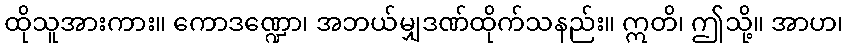
ထိုသူအားကား။ ကောဒဏ္ဍော၊ အဘယ်မျှဒဏ်ထိုက်သနည်း။ ဣတိ၊ ဤသို့။ အာဟ၊